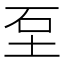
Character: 𡊵